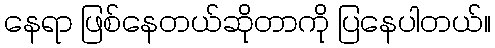
နေရာ ဖြစ်နေတယ်ဆိုတာကို ပြနေပါတယ်။